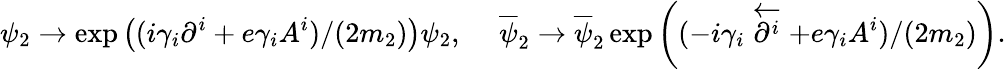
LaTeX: \psi_{2}\rightarrow\exp\left((i\gamma_{i}\partial^{i}+e\gamma_{i}A^{i})/(2m_{2})\right)\psi_{2},\ \ \ \ \ \overline{{\psi}}_{2}\rightarrow\overline{{\psi}}_{2}\exp\left((-i\gamma_{i}\stackrel{\leftarrow}{\partial^{i}}+e\gamma_{i}A^{i})/(2m_{2})\right).